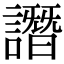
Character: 譖